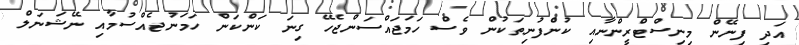
އަދި ފިނޭން މިނިސްޓްރީންނާއި ކުންފުނިތަކުން ވެސް ހަމަޖައްސަންޖެހޭ ގިނަ ކަންކަން ހަމަނުޖެއްސުމާއި ނޭޝަނަލް